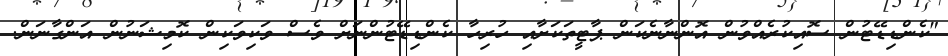
"ކެންޑިޑޭޓުން ސޮއިކުރެއްވުން އޮންނާނެކަން ޕާޓީތަކަށާއި ހުރިހާ ކެންޑިޑޭޓުންނަށް ވެސް ވަކިވަކިން ކޮމިޝަނުން އަންގާނަން.